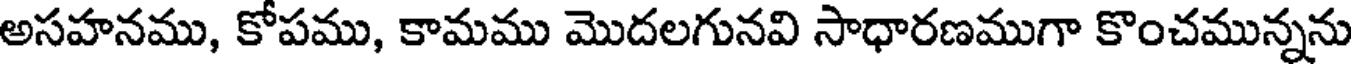
అసహనము, కోపము, కామము మొదలగునవి సాధారణముగా కొంచమున్నను